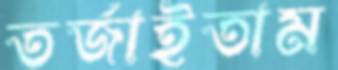
তর্জাইতাম